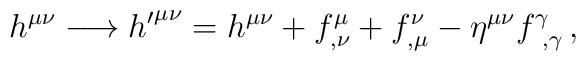
h^{\mu\nu}\longrightarrow {h'}^{\mu\nu}=h^{\mu\nu}+f^{\mu}_{,\nu}+f^{\nu}_{,\mu}-\eta^{\mu\nu}f^{\gamma}_{\  ,\gamma}\, ,